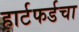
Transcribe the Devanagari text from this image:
हार्टफर्डचा